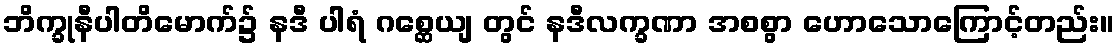
ဘိက္ခုနီပါတိမောက်၌ နဒီ ပါရံ ဂစ္ဆေယျ တွင် နဒီလက္ခဏာ အစစွာ ဟောသောကြောင့်တည်း။